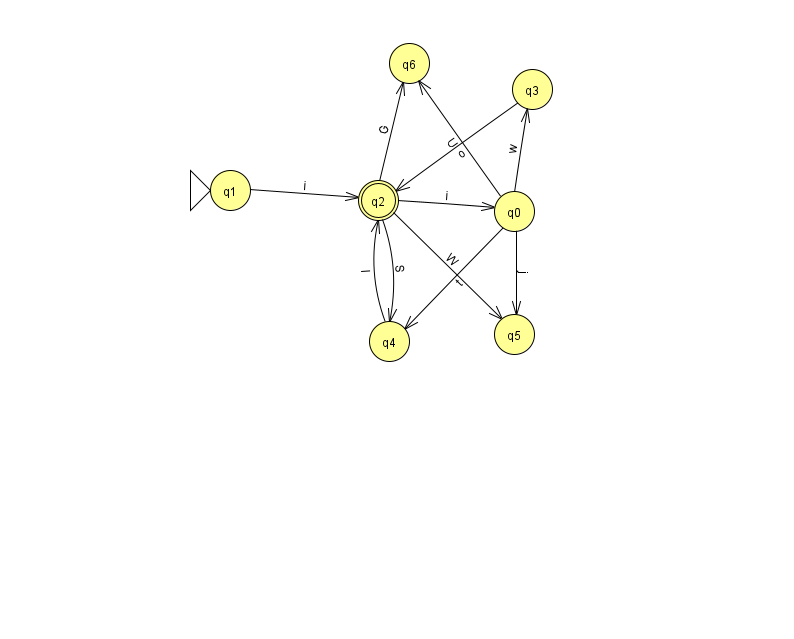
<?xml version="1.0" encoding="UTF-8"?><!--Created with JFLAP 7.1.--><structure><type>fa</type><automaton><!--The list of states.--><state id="0" name="q0"><x>514.0</x><y>198.0</y></state><state id="1" name="q1"><x>230.0</x><y>177.0</y><initial/></state><state id="2" name="q2"><x>378.0</x><y>187.0</y><final/></state><state id="3" name="q3"><x>532.0</x><y>76.0</y></state><state id="4" name="q4"><x>389.0</x><y>328.0</y></state><state id="5" name="q5"><x>514.0</x><y>321.0</y></state><state id="6" name="q6"><x>409.0</x><y>50.0</y></state><!--The list of transitions.--><transition><from>1</from><to>2</to><read>i</read></transition><transition><from>0</from><to>4</to><read>t</read></transition><transition><from>0</from><to>6</to><read>U</read></transition><transition><from>2</from><to>4</to><read>S</read></transition><transition><from>3</from><to>2</to><read>o</read></transition><transition><from>0</from><to>5</to><read>j</read></transition><transition><from>2</from><to>6</to><read>G</read></transition><transition><from>4</from><to>2</to><read>l</read></transition><transition><from>0</from><to>3</to><read>w</read></transition><transition><from>2</from><to>5</to><read>W</read></transition><transition><from>2</from><to>0</to><read>i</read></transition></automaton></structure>